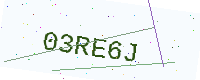
Text: 03RE6J